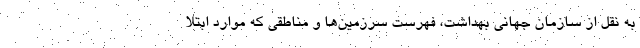
به نقل از سازمان جهانی بهداشت، فهرست سرزمین‌ها و مناطقی که موارد ابتلا